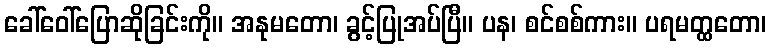
ခေါ်ဝေါ်ပြောဆိုခြင်းကို။ အနုမတော၊ ခွင့်ပြုအပ်ပြီ။ ပန၊ စင်စစ်ကား။ ပရမတ္ထတော၊